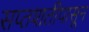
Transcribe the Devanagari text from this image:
सप्तशतीपासून